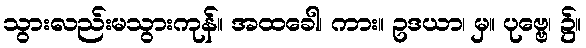
သွားလည်းမသွားကုန်။ အထခေါ၊ ကား။ ဥဒယာ၊ မှ။ ပုဗ္ဗေ၊ ၌။